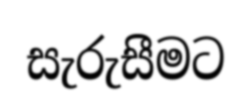
සැරුසීමට